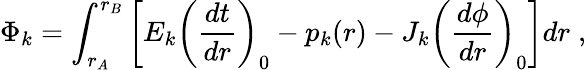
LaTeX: \Phi_{k}=\int_{r_{A}}^{r_{B}}\left[E_{k}\left(\frac{dt}{dr}\right)_{0}-p_{k}(r)-J_{k}\left(\frac{d\phi}{dr}\right)_{0}\right]dr\; ,